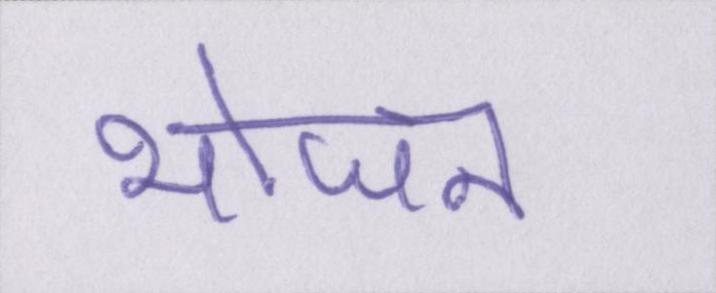
भोजन